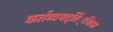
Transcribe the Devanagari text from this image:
कर्तव्यषट्तिं्रशिका